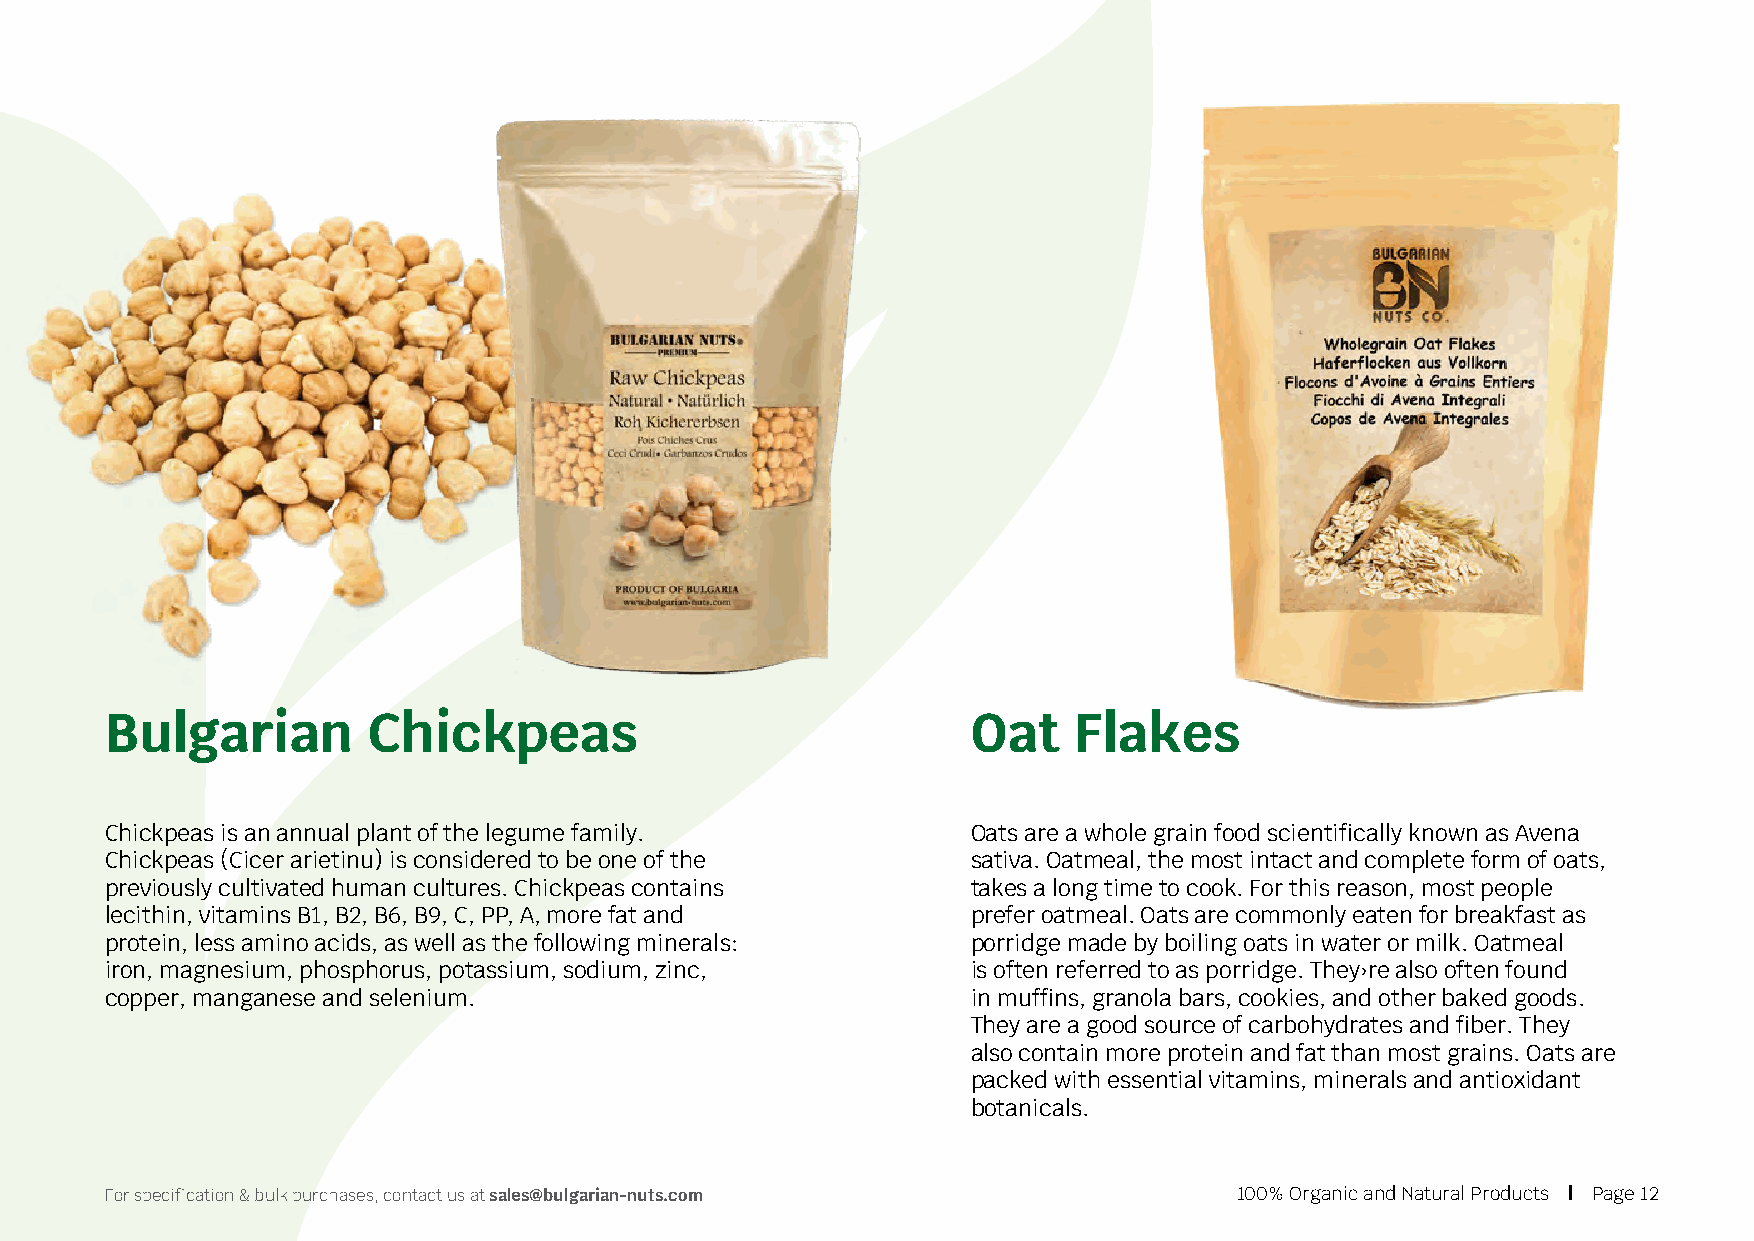
Bulgarian        Chickpeas                               Oat    Flakes
 Chickpeas is an annual plant of the legume family.       Oats are a whole grain food scientifically known as Avena
 Chickpeas (Cicer arietinu) is considered to be one of the sativa. Oatmeal, the most intact and complete form of oats,
 previously cultivated human cultures. Chickpeas contains takes a long time to cook. For this reason, most people
 lecithin, vitamins B1, B2, B6, B9, C, PP, A, more fat and prefer oatmeal. Oats are commonly eaten for breakfast as
 protein, less amino acids, as well as the following minerals: porridge made by boiling oats in water or milk. Oatmeal
 iron, magnesium, phosphorus, potassium, sodium, zinc,    is often referred to as porridge. They›re also often found
 copper, manganese and selenium.                          in muffins, granola bars, cookies, and other baked goods.
 They are a good source of carbohydrates and fiber. They
 also contain more protein and fat than most grains. Oats are
 packed with essential vitamins, minerals and antioxidant
 botanicals.
 For specification & bulk purchases, contact us at sales@bulgarian-nuts.com 100% Organic and Natural Products | Page 12